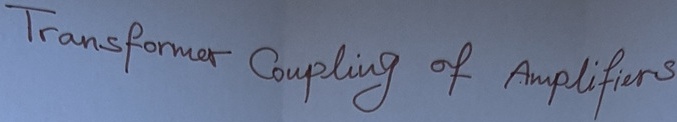
Text: Transformer Coupling of Amplifiers